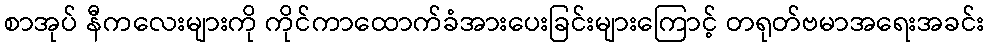
စာအုပ် နီကလေးများကို ကိုင်ကာထောက်ခံအားပေးခြင်းများကြောင့် တရုတ်ဗမာအရေးအခင်း